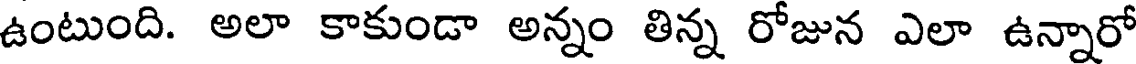
ఉంటుంది. అలా కాకుండా అన్నం తిన్న రోజున ఎలా ఉన్నారో